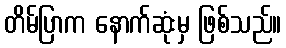
တိမ်ပြာက နောက်ဆုံးမှ ဖြစ်သည်။